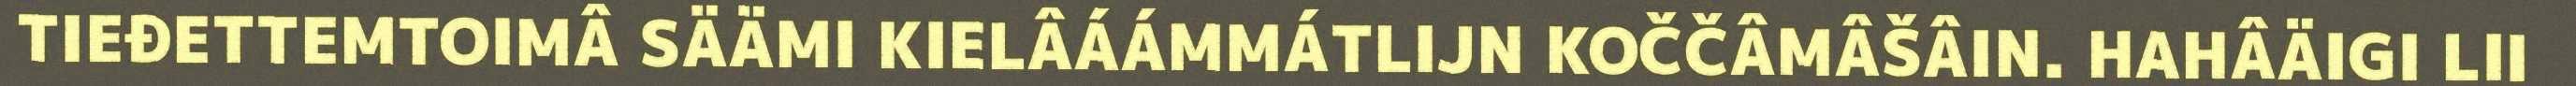
TIEĐETTEMTOIMÂ SÄÄMI KIELÂÁÁMMÁTLIJN KOČČÂMÂŠÂIN. HAHÂÄIGI LII